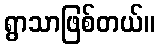
ရွာသာဖြစ်တယ်။